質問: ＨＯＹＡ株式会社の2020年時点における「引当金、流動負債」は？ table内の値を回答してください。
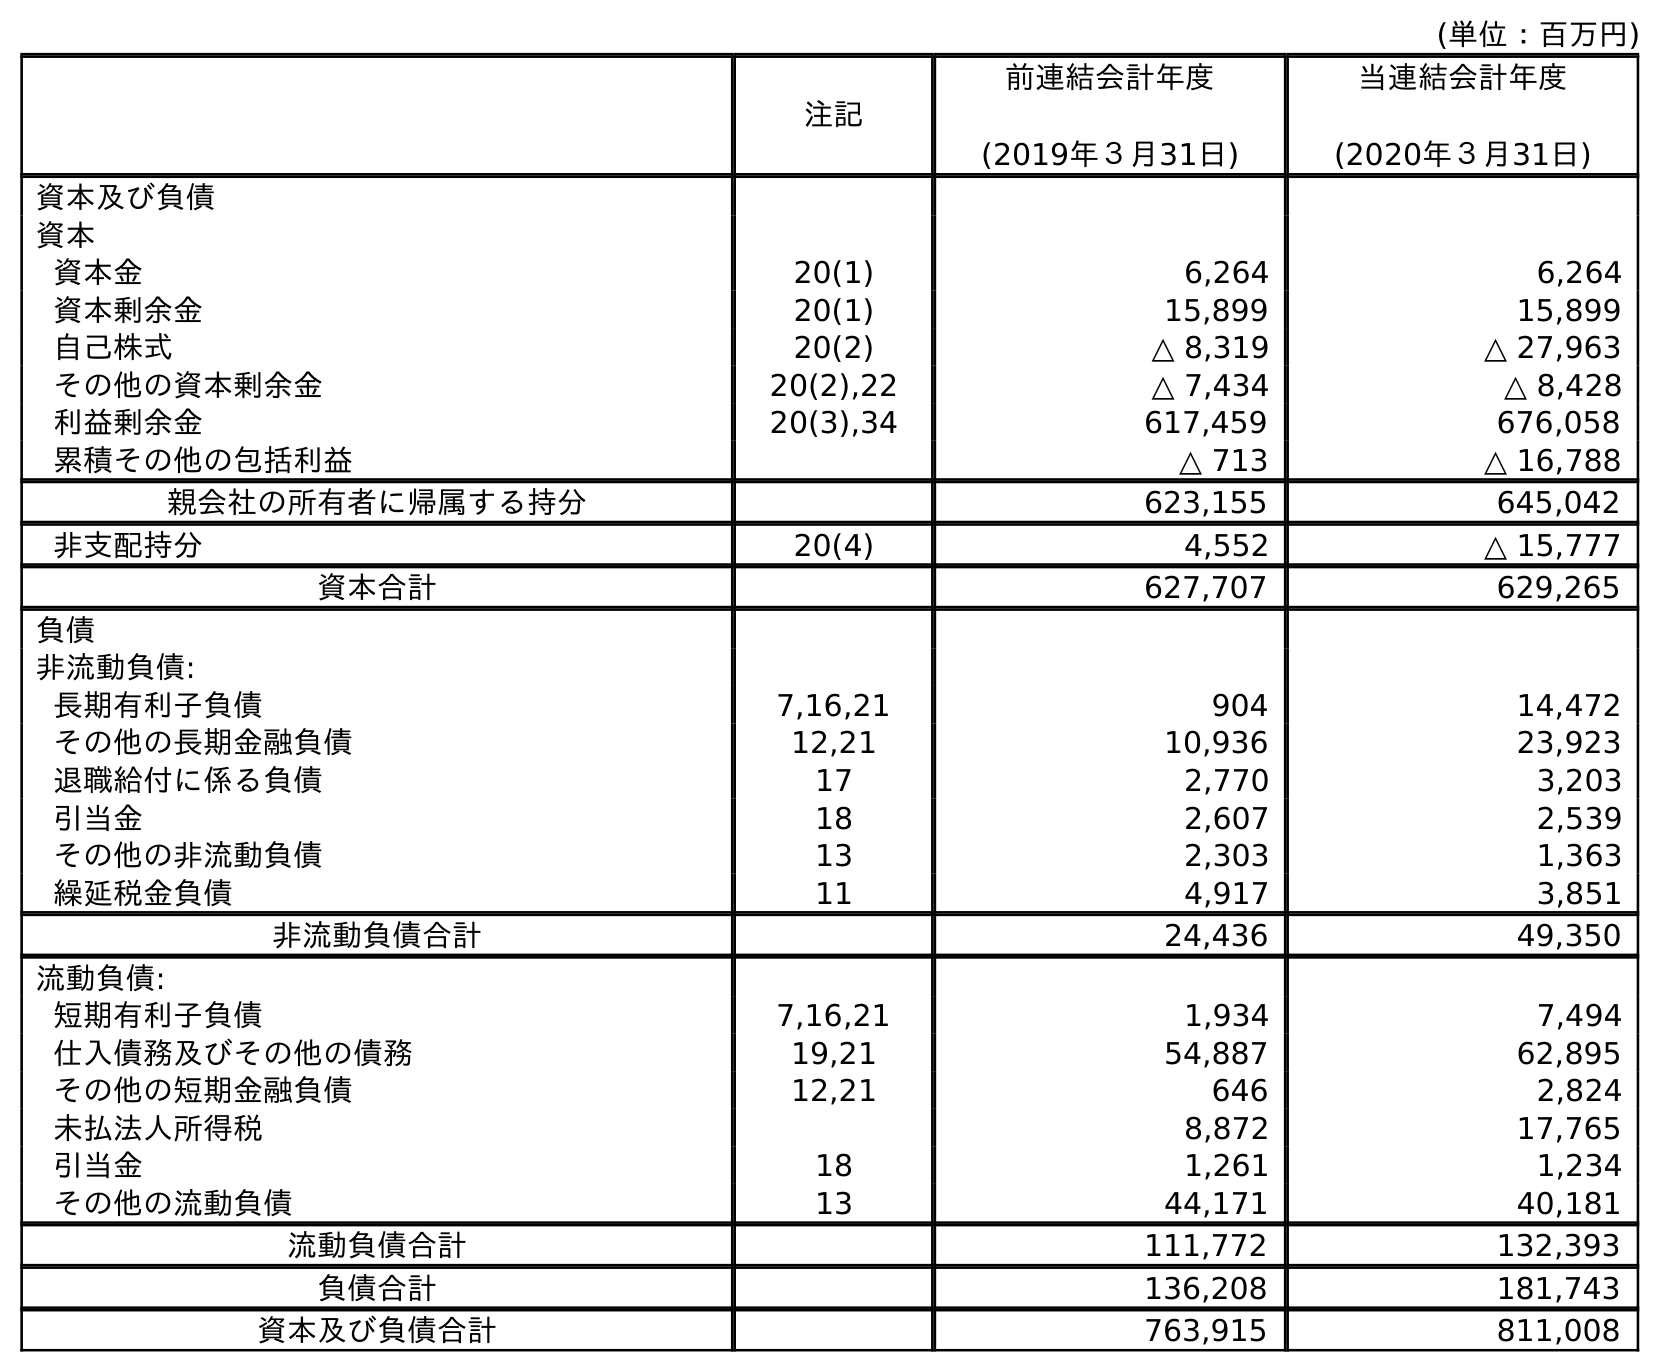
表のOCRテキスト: (単位：百万円) 注記 前連結会計年度 (2019年３月31日) 当連結会計年度 (2020年３月31日) 資本及び負債 資本 資本金 20(1) 6,264 6,264 資本剰余金 20(1) 15,899 15,899 自己株式 20(2) △ 8,319 △ 27,963 その他の資本剰余金 20(2),22 △ 7,434 △ 8,428 利益剰余金 20(3),34 617,459 676,058 累積その他の包括利益 △ 713 △ 16,788 親会社の所有者に帰属する持分 623,155 645,042 非支配持分 20(4) 4,552 △ 15,777 資本合計 627,707 629,265 負債 非流動負債: 長期有利子負債 7,16,21 904 14,472 その他の長期金融負債 12,21 10,936 23,923 退職給付に係る負債 17 2,770 3,203 引当金 18 2,607 2,539 その他の非流動負債 13 2,303 1,363 繰延税金負債 11 4,917 3,851 非流動負債合計 24,436 49,350 流動負債: 短期有利子負債 7,16,21 1,934 7,494 仕入債務及びその他の債務 19,21 54,887 62,895 その他の短期金融負債 12,21 646 2,824 未払法人所得税 8,872 17,765 引当金 18 1,261 1,234 その他の流動負債 13 44,171 40,181 流動負債合計 111,772 132,393 負債合計 136,208 181,743 資本及び負債合計 763,915 811,008
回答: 1,234